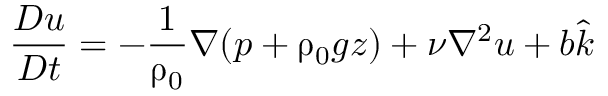
\frac { D \boldsymbol { u } } { D t } = - \frac { 1 } { \uprho _ { 0 } } \nabla ( p + \uprho _ { 0 } g z ) + \nu \nabla ^ { 2 } \boldsymbol { u } + b \hat { k }